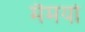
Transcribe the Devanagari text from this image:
मैमयो